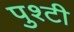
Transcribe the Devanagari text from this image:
पुश्टी